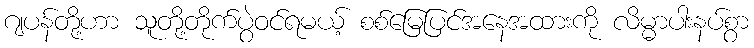
ဂျပန်တို့ဟာ သူတို့တိုက်ပွဲဝင်ရမယ့် စစ်မြေပြင်အနေအထားကို လိမ္မာပါးနပ်စွာ